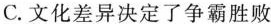
C.文化差异决定了争霸胜败